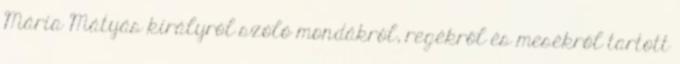
Mária Mátyás királyról szóló mondákról, regékről és mesékről tartott